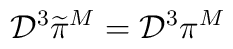
{\cal D}^3\widetilde{\pi}^M={\cal D}^3\pi^M